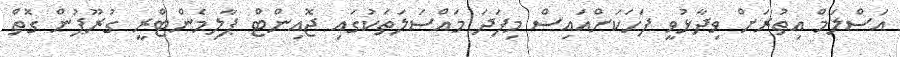
އަަސްލަމް އިތުރަށް ވިދާޅުވީ ފަހަކަށްއައިސް މިފަދަ މައްސަލަތަކުގައި ޖޮއިންޓް ޕާލިމެންޓްރީ ގުރޫޕުން ގޮތް